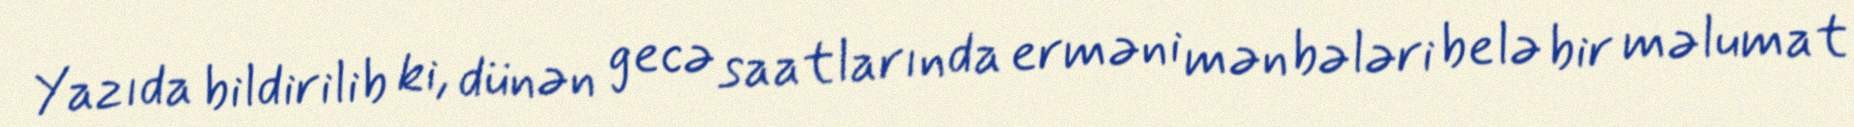
Yazıda bildirilib ki, dünən gecə saatlarında erməni mənbələri belə bir məlumat